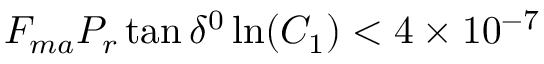
F _ { m a } P _ { r } \tan \delta ^ { 0 } \ln ( C _ { 1 } ) < 4 \times 1 0 ^ { - 7 }